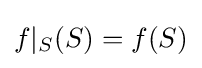
f|_{S}(S)=f(S)